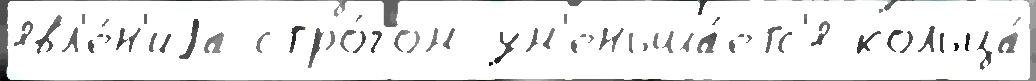
явл'е́н'иjа стро́гом ум'еньша́етс'я кольца́